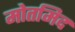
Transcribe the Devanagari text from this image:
मोतमिद